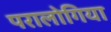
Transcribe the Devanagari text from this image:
परालोगिया